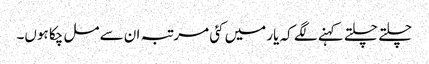
چلتے چلتے کہنے لگے کہ یار میں کئی مرتبہ ان سے مل چکا ہوں۔